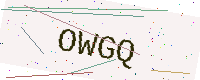
Text: OWGQ